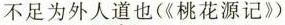
不足为外人道也(《桃花源记》)